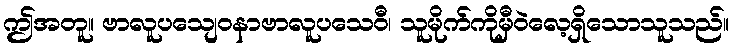
ဤအတူ။ ဗာလူပသျေဝနာဗာလူပသေဝီ၊ သူမိုက်ကိုမှီဝဲလေ့ရှိသောသူသည်။